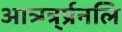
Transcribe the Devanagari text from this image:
आत्र्ग्त्र्र्प्रनलि